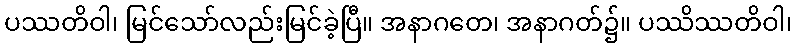
ပဿတိဝါ၊ မြင်သော်လည်းမြင်ခဲ့ပြီ။ အနာဂတေ၊ အနာဂတ်၌။ ပဿိဿတိဝါ၊